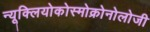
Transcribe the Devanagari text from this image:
न्यूक्लियोकोस्मोक्रोनोलोजी